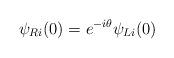
LaTeX: \begin{align*}\psi_{Ri}(0) =e^{-i\theta}\psi_{Li}(0) \end{align*}